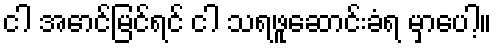
ငါ အောင်မြင်ရင် ငါ သရဖူဆောင်းခံရ မှာပေါ့။